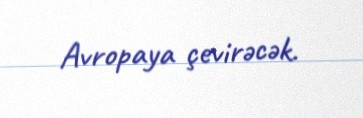
Avropaya çevirəcək.